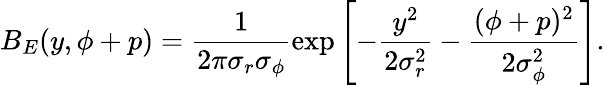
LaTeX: B_{E}(y,\phi+p)=\frac{1}{2\pi\sigma_{r}\sigma_{\phi}}\exp\left[-\frac{y^{2}}{2\sigma_{r}^{2}}-\frac{(\phi+p)^{2}}{2\sigma_{\phi}^{2}}\right].